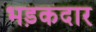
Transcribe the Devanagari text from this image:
भड़कदार